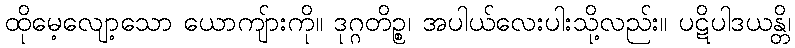
ထိုမေ့လျော့သော ယောကျ်ားကို။ ဒုဂ္ဂတိဉ္စ၊ အပါယ်လေးပါးသို့လည်း။ ပဋိပါဒယန္တိ၊